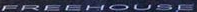
FREEHOUSE